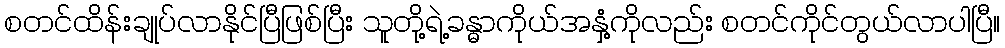
စတင်ထိန်းချုပ်လာနိုင်ပြီဖြစ်ပြီး သူတို့ရဲ့ခန္ဓာကိုယ်အနှံ့ကိုလည်း စတင်ကိုင်တွယ်လာပါပြီ။